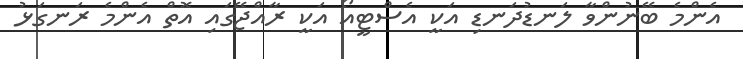
އެންމެ ބޭނުންވާ ލަނޑުދަނޑި އަކީ އެސްޓީއޯ އަކީ ރާއްޖޭގައި އޮތް އެންމެ ރަނގަޅު